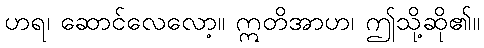
ဟရ၊ ဆောင်လေလော့။ ဣတိအာဟ၊ ဤသို့ဆို၏။